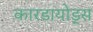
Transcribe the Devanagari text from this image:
कारडायोड्स